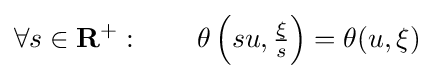
\forall s\in \mathbf {R} ^{+}:\qquad \theta \left(su,{\tfrac {\xi }{s}}\right)=\theta (u,\xi )